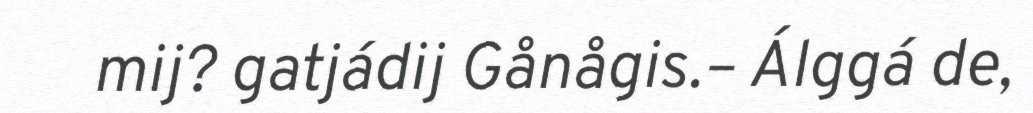
mij? gatjádij Gånågis.– Álggá de,